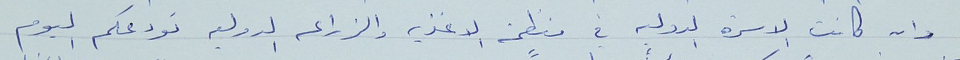
وان كانت الاسرة الدولية في منظمة الاغذيه والزراعه الدوليه تودعكم اليوم